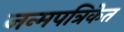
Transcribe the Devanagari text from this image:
जन्मपत्रिकेत